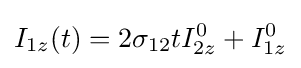
I_{1z}(t)=2\sigma _{12}tI_{2z}^{0}+I_{1z}^{0}